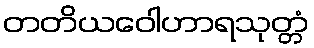
တတိယဝေါဟာရသုတ္တံ